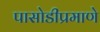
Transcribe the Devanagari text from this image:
पासोडीप्रमाणे